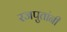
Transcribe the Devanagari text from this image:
रजपुतांनी